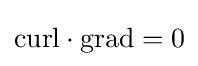
{\text{curl}}\cdot {\text{grad}}=0